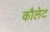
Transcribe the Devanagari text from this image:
कौलेट